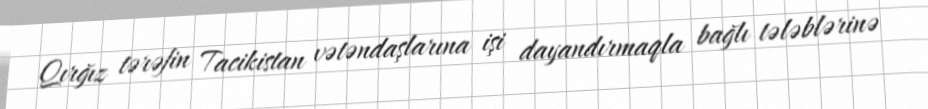
Qırğız tərəfin Tacikistan vətəndaşlarına işi dayandırmaqla bağlı tələblərinə